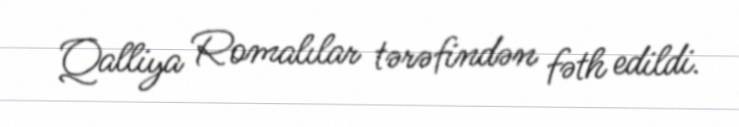
Qalliya Romalılar tərəfindən fəth edildi.